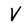
Character: V